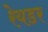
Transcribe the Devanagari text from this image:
रेयडर